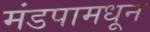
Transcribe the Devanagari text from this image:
मंडपामधून